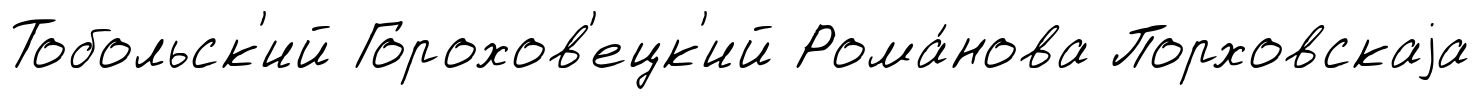
Тобольск'ий Горохов'ецк'ий Рома́нова Порховскаjа